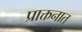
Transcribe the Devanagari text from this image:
प्राक्तनात